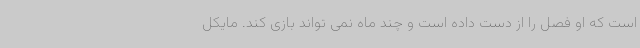
است که او فصل را از دست داده است و چند ماه نمی تواند بازی کند. مایکل